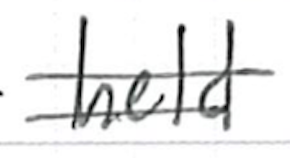
Text: held
Cross-out: double-line
Writing tool: ballpoint